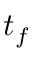
t _ { f }